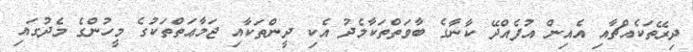
ދިރޭތަކެއްޗާއި އެއިން އުފެއްދޭ ކާނާގެ ބާވަތްތަކާމެދު އެކި ދީންތަކާއި ޖަމާޢަތްތަކުގެ މީހުންގެ މެދުގައި